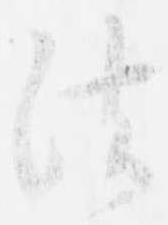
法